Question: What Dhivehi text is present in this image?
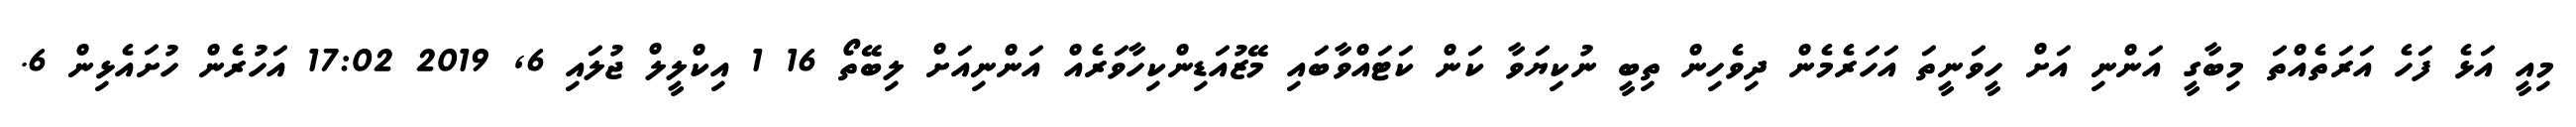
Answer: މިއީ އަޅެ ފަހެ އަރަތެއްތަ މިބާގީ އަންނި އަށް ހީވަނީތަ އަހަރެމެން ދިވެހިން ތިބީ ނުކިޔަވާ ކަން ކަޓައްވާބައި މޭޒުއަޑިންކިހާވަރެއް އަންނިއަށް ލިބޭތޯ 16 1 އިކްލީލް ޖުލައި 6, 2019 17:02 އަހުރެން ހުށައެޅިން 6.